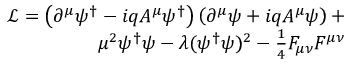
\begin{array} { r } { \mathcal { L } = \left( \partial ^ { \mu } \psi ^ { \dagger } - i q A ^ { \mu } \psi ^ { \dagger } \right) \left( \partial ^ { \mu } \psi + i q A ^ { \mu } \psi \right) + } \\ { \mu ^ { 2 } \psi ^ { \dagger } \psi - \lambda ( \psi ^ { \dagger } \psi ) ^ { 2 } - \frac { 1 } { 4 } F _ { \mu \nu } F ^ { \mu \nu } } \end{array}